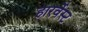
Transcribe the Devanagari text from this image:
हारर्वेस्ट